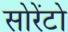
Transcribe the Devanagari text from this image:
सोरेंटो